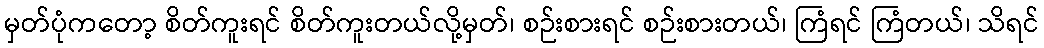
မှတ်ပုံကတော့ စိတ်ကူးရင် စိတ်ကူးတယ်လို့မှတ်၊ စဉ်းစားရင် စဉ်းစားတယ်၊ ကြံရင် ကြံတယ်၊ သိရင်